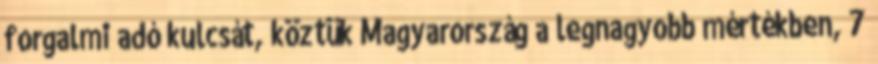
forgalmi adó kulcsát, köztük Magyarország a legnagyobb mértékben, 7